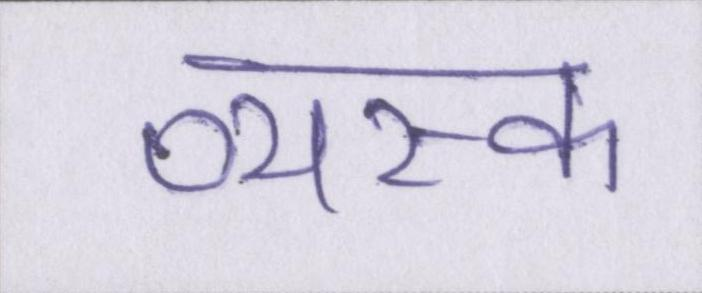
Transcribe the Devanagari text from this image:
व्यस्क